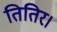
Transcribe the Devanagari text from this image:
तितिर।